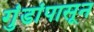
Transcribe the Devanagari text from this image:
गुंडांपासून